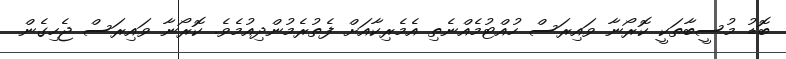
ބޮޑު މުސީބާތަކީ ކޮރޯނާ ވައިރަސް ހުއްޓުމެއްނެތި އެމެރިކާއަށް ފެތުރެމުންދިއުމެވެ. ކޮރޯނާ ވައިރަސް ޖެހިގެން